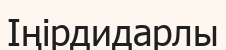
Іңірдидарлы